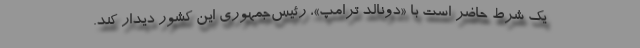
یک شرط حاضر است با «دونالد ترامپ»، رئیس‌جمهوری این کشور دیدار کند.